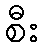
စီး